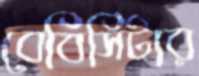
বেবিসিটার